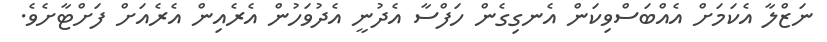
ނަޒްލާ އެކަމަށް އެއްބަސްވިކަން އެނގިގެން ހަފްސާ އެދުނީ އެދުވަހުން އެރެއިން އެރެއަށް ފަށްޓާށެވެ.